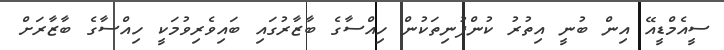
ސީއެމްޑީއޭ އިން ބުނީ އިތުރު ކުންފުނިތަކުން ހިއްސާގެ ބާޒާރުގައި ބައިވެރިވުމަކީ ހިއްސާގެ ބާޒާރަށް